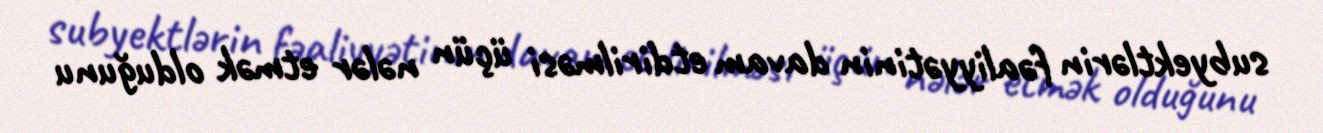
subyektlərin fəaliyyətinin davam etdirilməsi üçün nələr etmək olduğunu